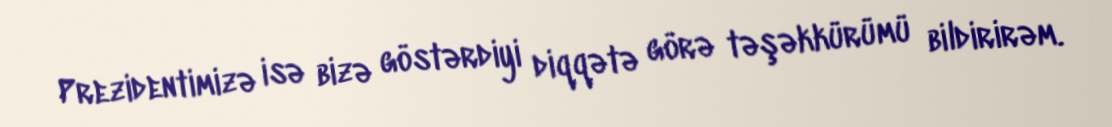
Prezidentimizə isə bizə göstərdiyi diqqətə görə təşəkkürümü bildirirəm.